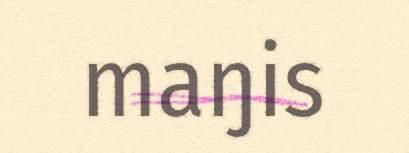
maŋis